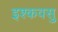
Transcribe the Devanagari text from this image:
इश्कवसु